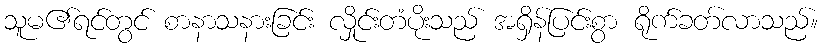
သူမ၏ရင်တွင် စာနာသနားခြင်း လှိုင်းတံပိုးသည် အရှိန်ပြင်းစွာ ရိုက်ခတ်လာသည်။